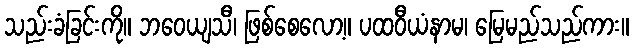
သည်းခံခြင်းကို။ ဘဝေယျသီ၊ ဖြစ်စေလော့။ ပထဝီယံနာမ၊ မြေမည်သည်ကား။